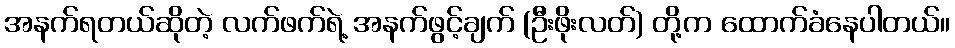
အနက်ရတယ်ဆိုတဲ့ လက်ဖက်ရဲ့ အနက်ဖွင့်ချက် (ဦးဖိုးလတ်) တို့က ထောက်ခံနေပါတယ်။